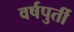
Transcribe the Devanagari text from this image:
वर्षपुर्ती